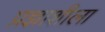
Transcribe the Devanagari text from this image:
प्रज्ञाशीला